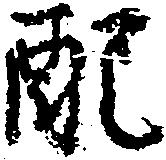
配